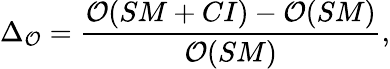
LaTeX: \Delta_{\cal O}=\frac{{\cal O}(SM+CI)-{\cal O}(SM)}{{\cal O}(SM)},